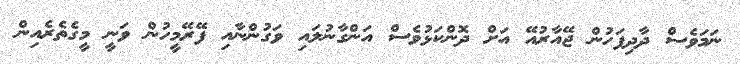
ނަމަވެސް ދާދިފަހުން ޖޭއާރުއޭ އަށް ދޮންކަޅުވެސް އަންގާނުލައި ވަގުންނާއި ފޭރޭމީހުން ވަނީ މީގެތެރެއިން